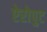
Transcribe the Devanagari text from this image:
ऐरोपुट